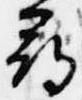
尋